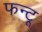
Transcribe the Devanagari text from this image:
फन्टू